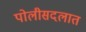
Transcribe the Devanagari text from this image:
पोलीसदलात